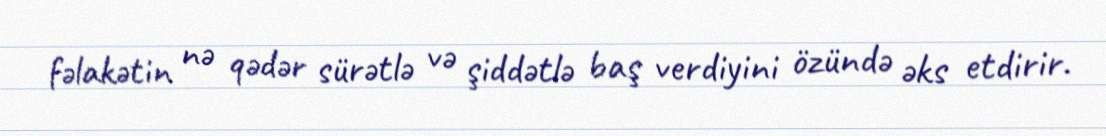
fəlakətin nə qədər sürətlə və şiddətlə baş verdiyini özündə əks etdirir.